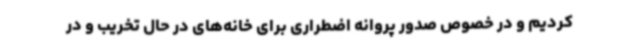
کردیم و در خصوص صدور پروانه اضطراری برای خانه‌های در حال تخریب و در